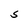
Character: S